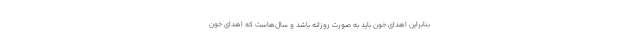
بنابراین اهدای خون باید به صورت روزانه باشد و سال‌هاست که اهدای خون